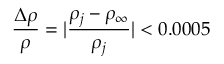
\frac { \Delta \rho } { \rho } = | \frac { \rho _ { j } - \rho _ { \infty } } { \rho _ { j } } | < 0 . 0 0 0 5